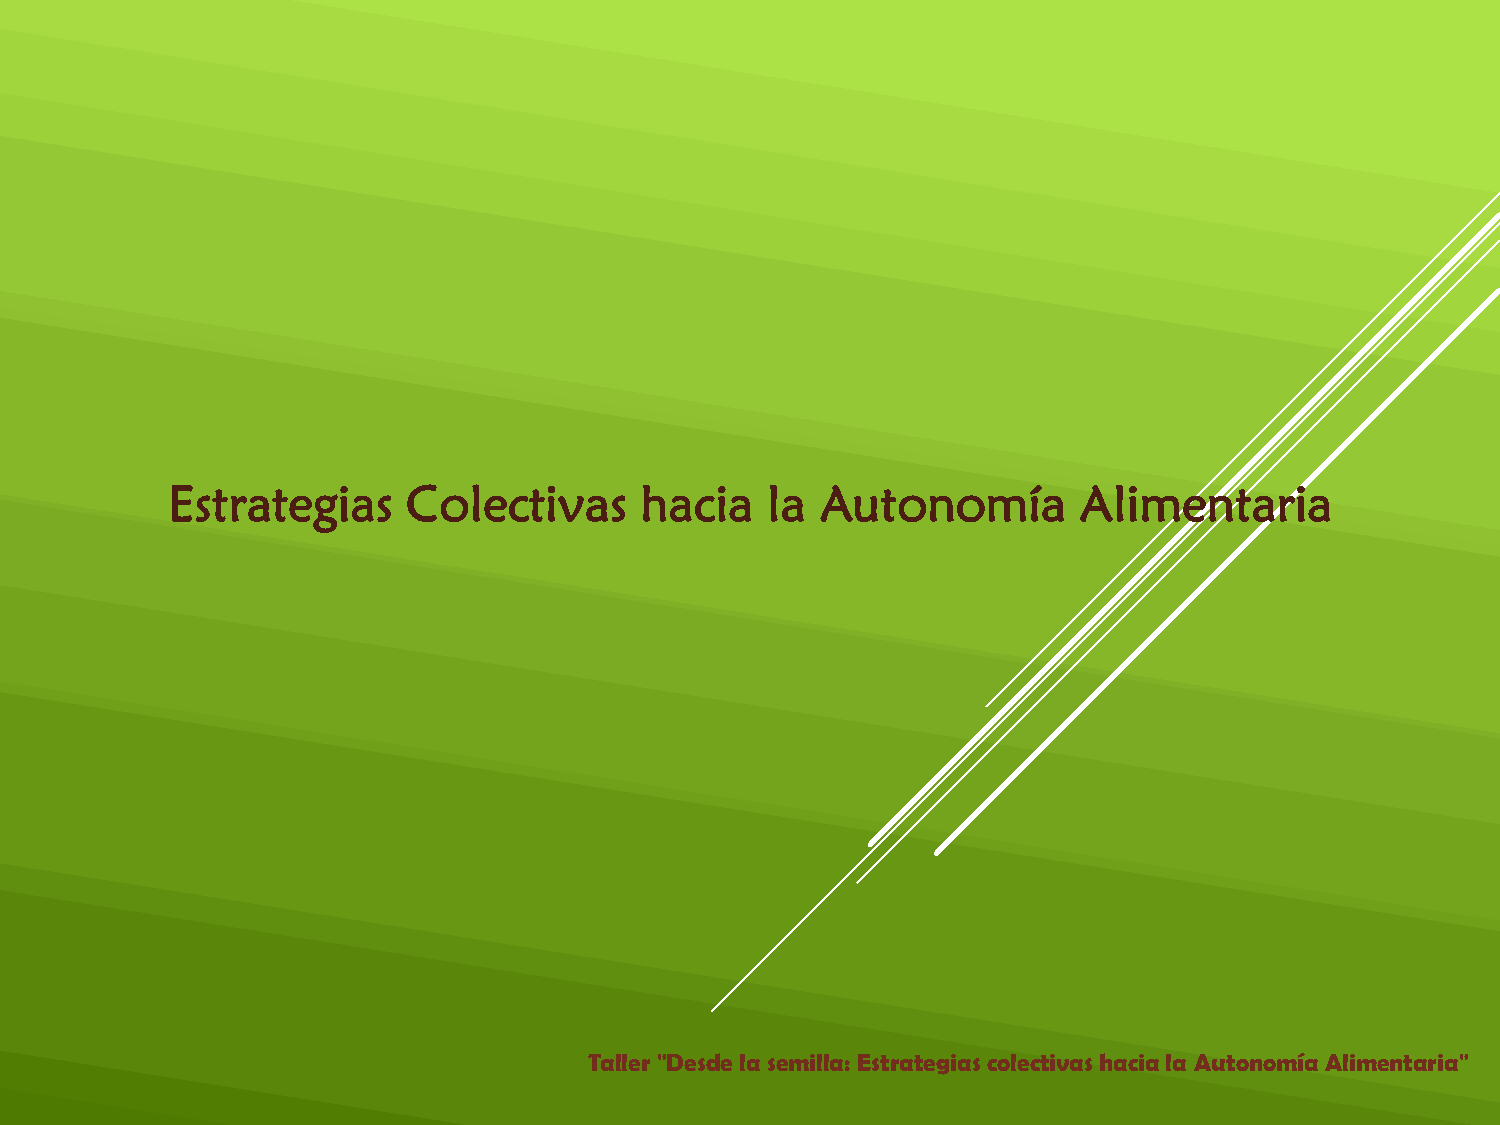
Estrategias     Colectivas     hacia    la Autonomía        Alimentaria
 Taller "Desde la semilla: Estrategias colectivas hacia la Autonomía Alimentaria"